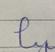
Signature authenticity: forged